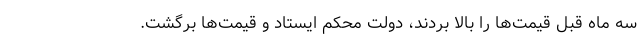
سه ماه قبل قیمت‌ها را بالا بردند، دولت محکم ایستاد و قیمت‌ها برگشت.